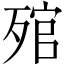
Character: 𣨭